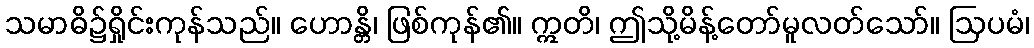
သမာဓိ၌ရှိုင်းကုန်သည်။ ဟောန္တိ၊ ဖြစ်ကုန်၏။ ဣတိ၊ ဤသို့မိန့်တော်မူလတ်သော်။ ဩပမံ၊